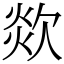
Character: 欻